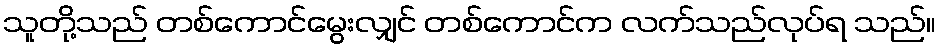
သူတို့သည် တစ်ကောင်မွေးလျှင် တစ်ကောင်က လက်သည်လုပ်ရ သည်။